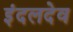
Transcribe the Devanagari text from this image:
इंदलदेव